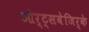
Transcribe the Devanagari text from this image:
ओर्ट्सबेजिर्के